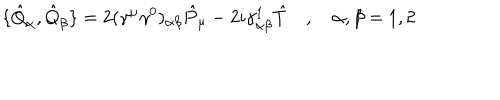
\{ \hat { Q } _ { \alpha } , \hat { Q } _ { \beta } \} = 2 ( \gamma ^ { \mu } \gamma ^ { 0 } ) _ { \alpha \beta } \hat { P } _ { \mu } - 2 i \gamma _ { \alpha \beta } ^ { 1 } \hat { T } \quad , \quad \alpha , \beta = 1 , 2